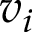
v _ { i }